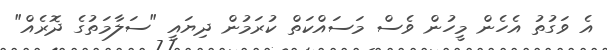
އެ ވަގުތު އެހެން މީހުން ވެސް މަސައްކަތް ކުރަމުން ދިޔައީ "ސަލާމަތުގެ ދޮރެއް"